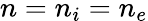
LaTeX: n=n_{i}=n_{e}